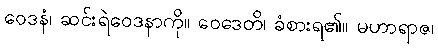
ဝေဒနံ၊ ဆင်းရဲဝေဒနာကို။ ဝေဒေတိ၊ ခံစားရ၏။ မဟာရာဇ၊